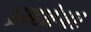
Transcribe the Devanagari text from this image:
ब्रम्हनेश्वर